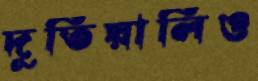
দূতিয়ালিও